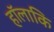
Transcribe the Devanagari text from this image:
हॉलाकि